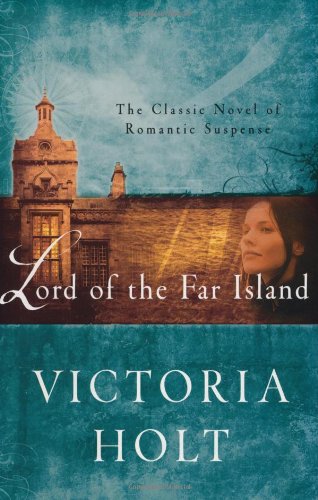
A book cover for Lord of the Far Island; Victoria Holt; Literature & Fiction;